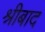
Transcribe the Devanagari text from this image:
श्रीबाद